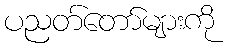
ပညတ်တော်များကို